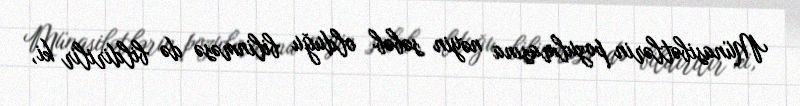
Münasibətlərin pozulmasına nəyin səbəb olduğu bilinməsə də bildirilir ki,